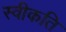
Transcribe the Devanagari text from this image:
स्वीकति